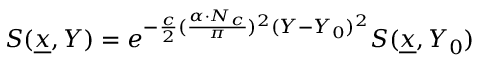
S ( { \underline { { x } } } , Y ) = e ^ { - { \frac { c } { 2 } } ( { \frac { \alpha \cdot N _ { c } } { \pi } } ) ^ { 2 } ( Y - Y _ { 0 } ) ^ { 2 } } S ( { \underline { { x } } } , Y _ { 0 } )